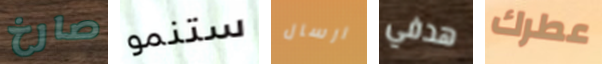
صارخ ستنمو ارسال هدفي عطرك